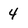
Character: 4